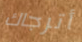
أترجاك